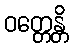
ဝတ္တေန္တိ